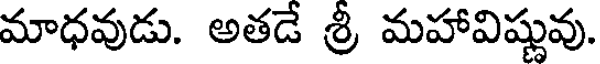
మాధవుడు. అతడే శ్రీ మహావిష్ణువు.